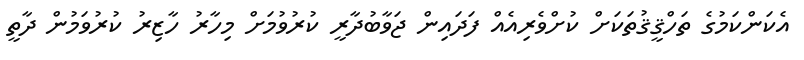
އެކަންކަމުގެ ތަހްޤީޤުތަކަށް ކުށްވެރިއެއް ފަދައިން ޖަވާބުދާރީ ކުރުވުމަށް މިހާރު ހާޒިރު ކުރުވަމުން ދާތީ